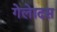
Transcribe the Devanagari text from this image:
गेलेादस